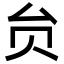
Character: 贠